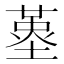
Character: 𡏳